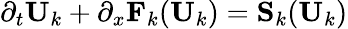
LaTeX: \partial_{t}\textbf{U}_{k}+\partial_{x}\textbf{F}_{k}(\textbf{U}_{k})=\textbf{S}_{k}(\textbf{U}_{k})